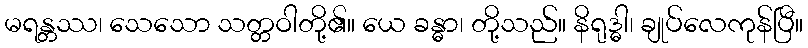
မရန္တဿ၊ သေသော သတ္တဝါတို့၏။ ယေ ခန္ဓာ၊ တို့သည်။ နိရုဒ္ဓါ၊ ချုပ်လေကုန်ပြီ။